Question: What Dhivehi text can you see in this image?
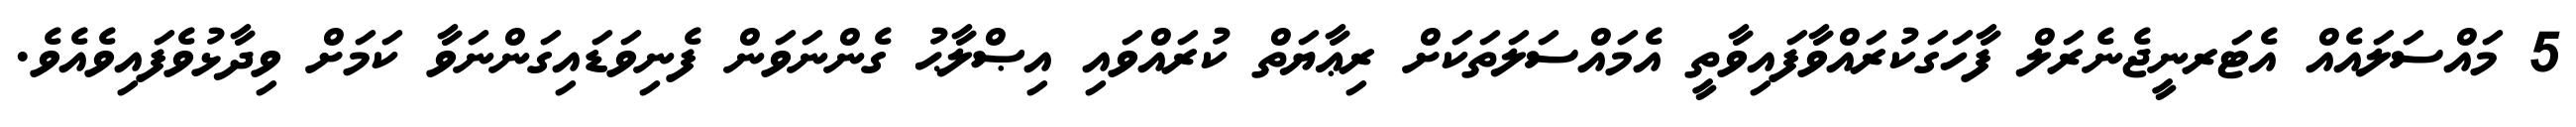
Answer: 5 މައްސަލައެއް އެޓަރނީޖެނެރަލް ފާހަގަކުރައްވާފައިވާތީ އެމައްސަލަތަކަށް ރިޢާޔަތް ކުރައްވައި އިޞްލާޙު ގެންނަވަން ފެނިވަޑައިގަންނަވާ ކަމަށް ވިދާޅުވެފައިވެއެވެ.